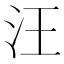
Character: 汪